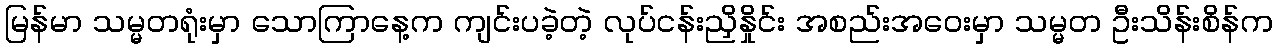
မြန်မာ သမ္မတရုံးမှာ သောကြာနေ့က ကျင်းပခဲ့တဲ့ လုပ်ငန်းညှိနှိုင်း အစည်းအဝေးမှာ သမ္မတ ဦးသိန်းစိန်က